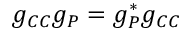
g _ { C C } g _ { P } = g _ { P } ^ { * } g _ { C C }